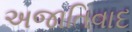
અજાતિવાદ